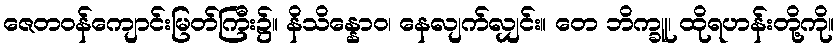
ဇေတဝန်ကျောင်းမြတ်ကြီး၌။ နိသိန္နောဝ၊ နေလျက်လျှင်း။ တေ ဘိက္ခူ၊ ထိုရဟန်းတို့ကို။